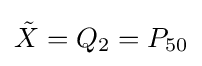
{\tilde {X}}=Q_{2}=P_{50}